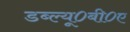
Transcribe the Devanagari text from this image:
डब्ल्यू०बी०ए